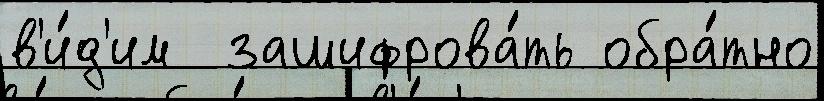
в'и́д'им  зашифрова́ть обра́тно